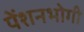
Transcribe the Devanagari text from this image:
पेंशनभोगी